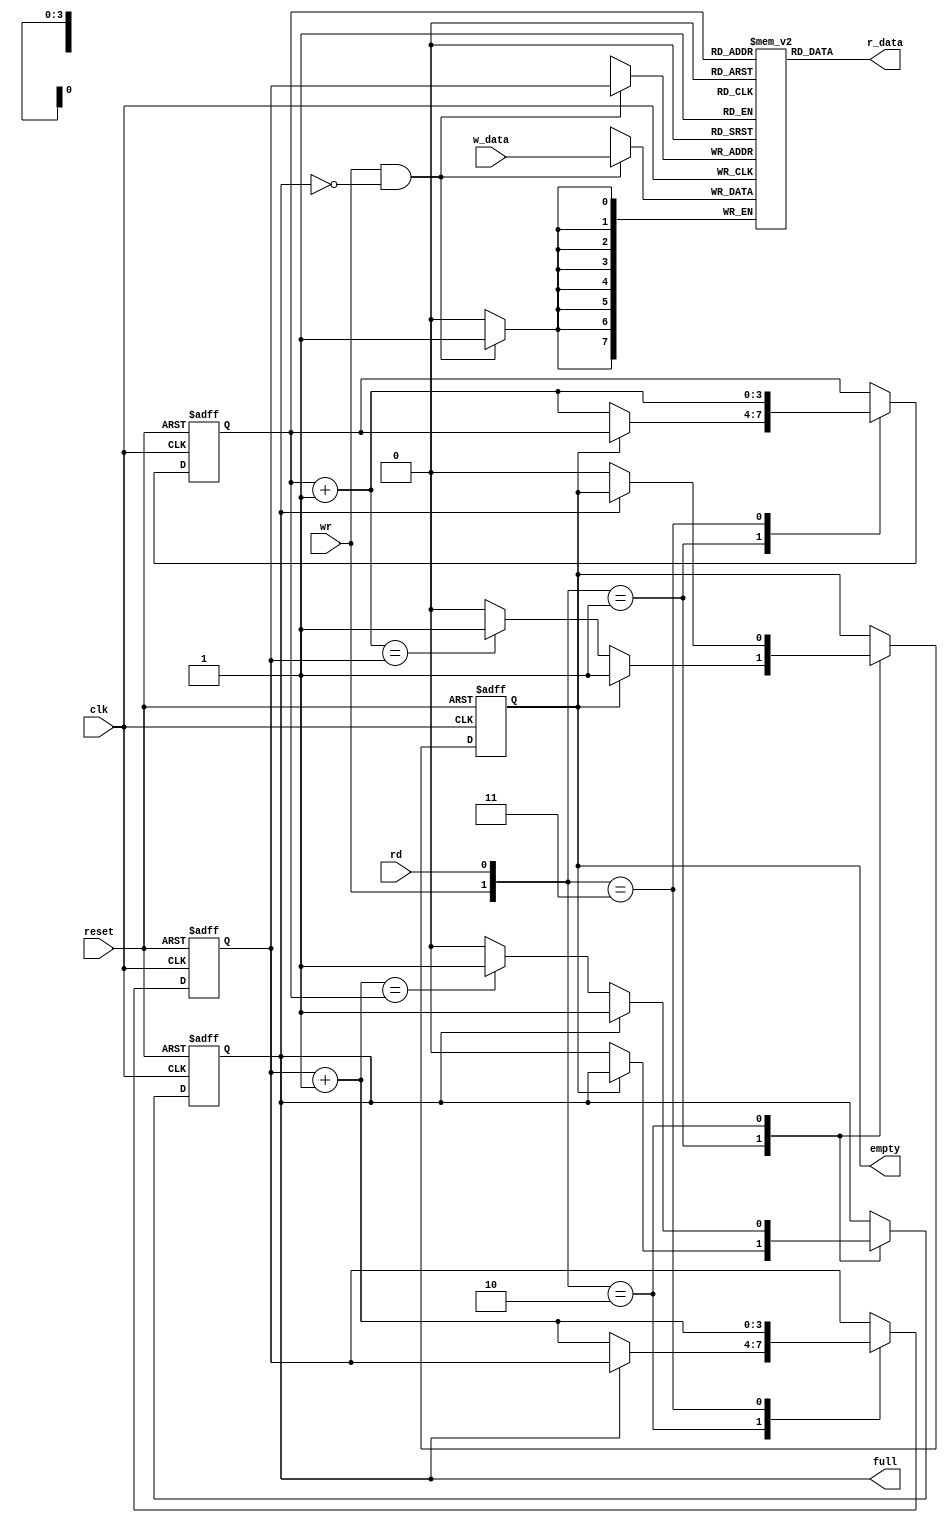
module fifo_t
	#(
	parameter 
		B = 8,
		W = 4
	)
	(
	input wire 		clk, reset,
	input wire 		rd, wr,
	input wire [B-1 : 0] 	w_data,
	output wire 		empty, full,
	output wire [B-1 : 0] 	r_data
	);


	reg [B-1:0] array_reg [2**W-1:0]; // register array
	reg [W-1:0] w_ptr_reg, w_ptr_next, w_ptr_succ;
	reg [W-1:0] r_ptr_reg, r_ptr_next, r_ptr_succ;
	reg full_reg = 1'b0, empty_reg = 1'b1, full_next, empty_next;
	wire wr_en;

	//register file write operation
	always @(negedge clk)
		if (wr_en)
			array_reg[w_ptr_reg] <= w_data;
	// register file read operation
	assign r_data = array_reg[r_ptr_reg];
	//write enabled only when fifo isn't full
	assign wr_en = wr & ~full_reg;

	// registers for pointers
	always @(negedge clk, posedge reset)
		begin
		if (reset)
			begin
			w_ptr_reg <= 	0;
			r_ptr_reg <= 	0;
			full_reg <= 	1'b0;
			empty_reg <= 	1'b1;
			end
		else
			begin
			w_ptr_reg <= 	w_ptr_next;
			r_ptr_reg <= 	r_ptr_next;
			full_reg <= 	full_next;
			empty_reg <= 	empty_next;
			end
		end
	
	always @*
		begin
		//successive values
		w_ptr_succ = w_ptr_reg + 1;
		r_ptr_succ = r_ptr_reg + 1;
		//default : keep old values
		w_ptr_next = w_ptr_reg;
		r_ptr_next = r_ptr_reg;
		full_next = full_reg;
		empty_next = empty_reg;
		
		case ({wr, rd})
		//2'b00 : no op
		2'b01: //read
			begin
			if (~empty_reg)
				begin
				r_ptr_next = r_ptr_succ;
				full_next = 1'b0;
				if (r_ptr_succ == w_ptr_reg)
					empty_next = 1'b1;
				end
			end
		2'b10: //write
			begin
			if (~full_reg)
				begin
				w_ptr_next = w_ptr_succ;
				empty_next = 1'b0;
				if (w_ptr_succ == r_ptr_reg)
					full_next = 1'b1;
				end
			end
		2'b11: //read and write
			begin
			w_ptr_next = w_ptr_succ;
			r_ptr_next = r_ptr_succ;
			end
		endcase
	end

	assign full = full_reg;
	assign empty = empty_reg;

endmodule